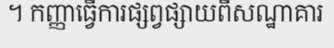
។ កញ្ញាធ្វើការផ្សព្វផ្សាយពីសណ្ឋាគារ